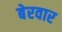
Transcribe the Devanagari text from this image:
बेरवार